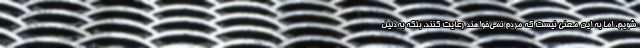
شویم، اما به این معنی نیست که مردم نمی‌خواهند رعایت کنند، بلکه به‌دلیل